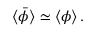
\langle \bar { \phi } \rangle \simeq \langle \phi \rangle \, .